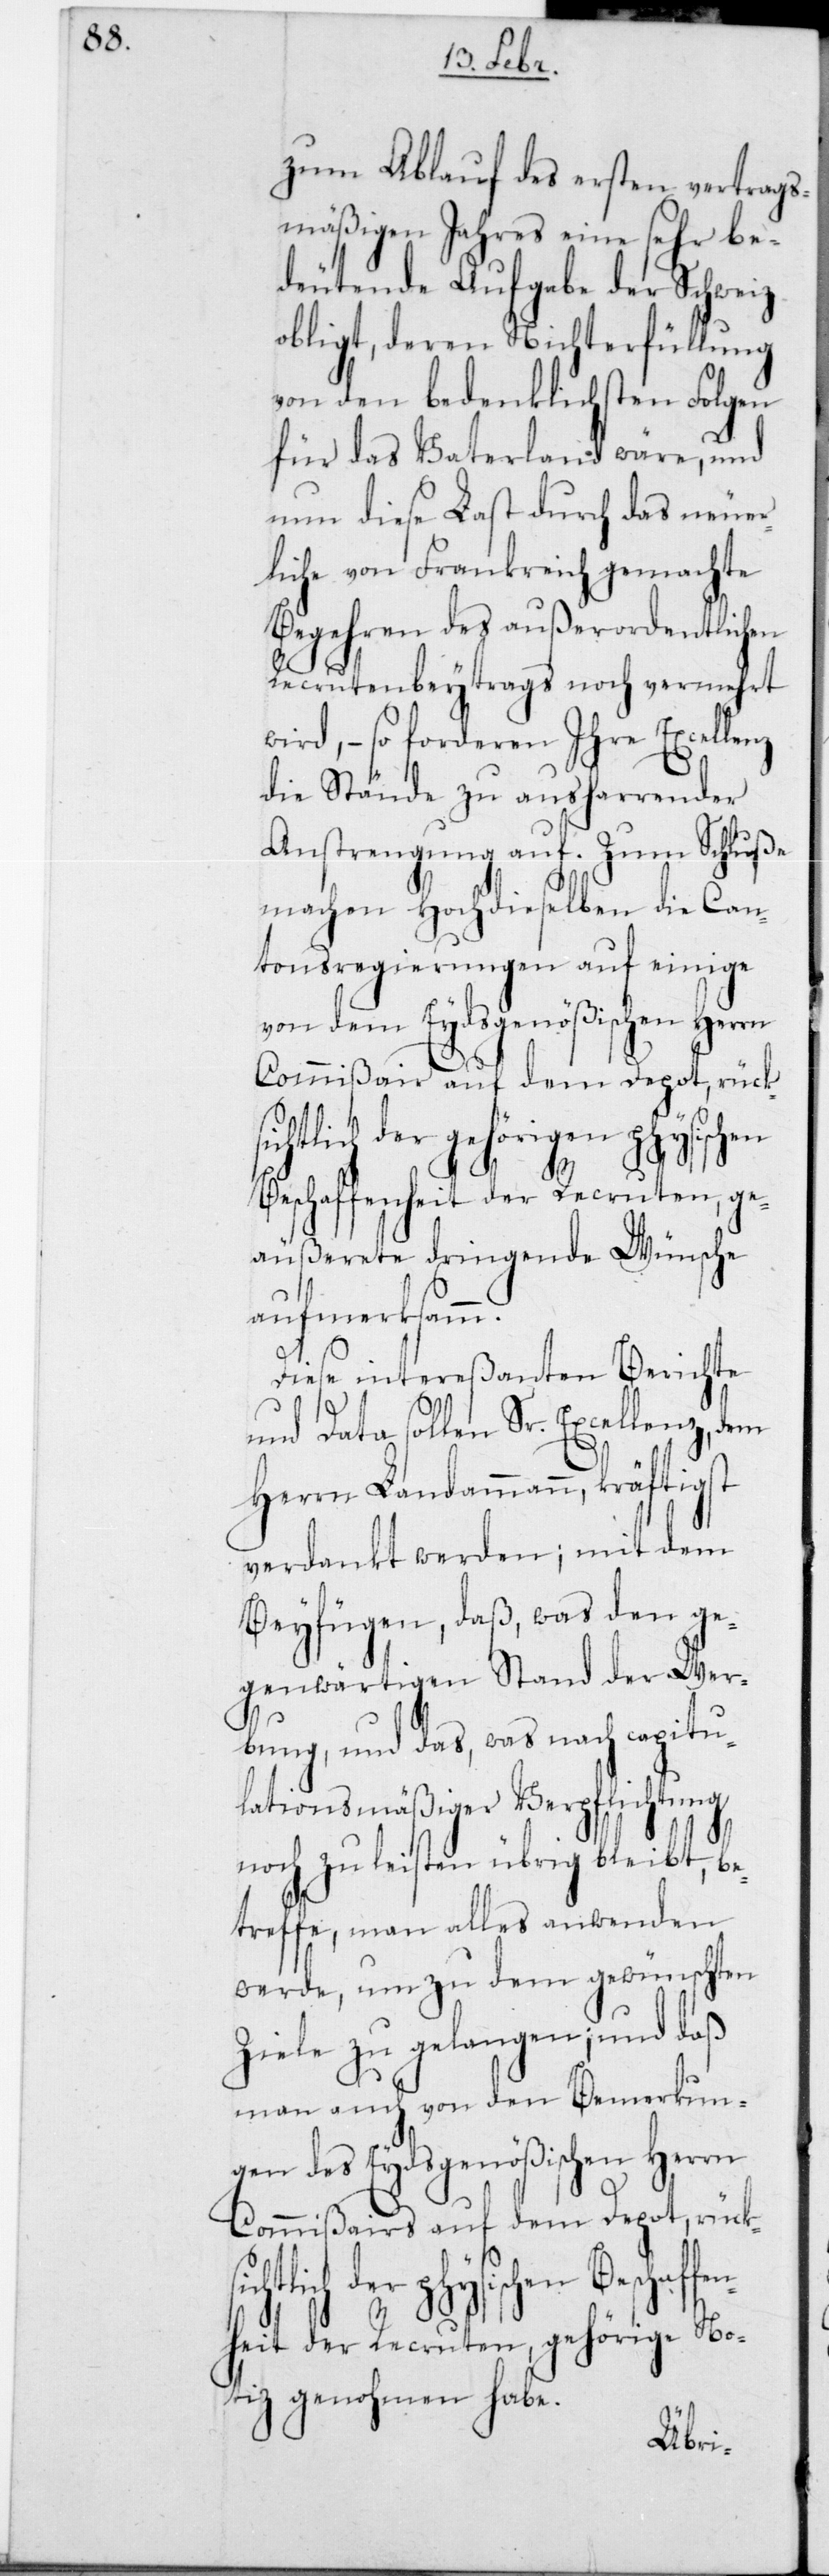
zum Ablauf des ersten vertrags¬
mäßigen Jahres eine sehr be¬
deutende Aufgabe der Schweiz
obligt, deren Nichterfüllung
von den bedenklichsten Folgen
für das Vaterland wäre, und
nun diese Last durch das neuer¬
liche von Frankreich gemachte
Begehren des außerordentlichen
Recrutenbeytrags noch vermehrt
wird, – so forderen Ihre Excellenz
die Stände zu ausharrender
Anstrengung auf. Zum Schluße
machen Hochdieselben die Can¬
tonsregierungen auf einige
von dem Eydsgenößischen Herrn
ichtlich der gehörigen physischen
Beschaffenheit der Recruten, ge¬
äußerete dringende Wünsche
aufmerksamm.
Diese intereßanten Berichte
und Data sollen Sr. Excellenz, dem
Herrn Landammann, kräftigst
verdankt werden; mit dem
Beyfügen, daß, was den ge¬
genwärtigen Stand der Wer¬
bung, und das, was nach capitu¬
lationsmäßiger Verpflichtung
noch zu leisten übrig bleibt, be¬
treffe, man alles anwenden
werde, um zu dem gewünschten
Ziele zu gelangen; und daß
man auch von den Bemerkun¬
gen des Eydsgenößischen Herrn
Commißairs auf dem Depot, rück¬
hysischen Beschaffe¬
nheit der Recruten, gehörige No¬
tiz genohmen habe.